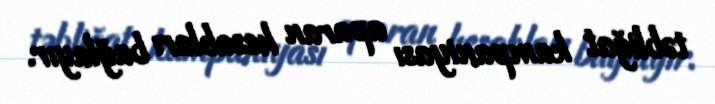
təbliğat kampaniyası aparan hesabları bağlayır.